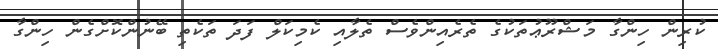
ކުރިން ހިންގާ މަޝްރޫޢުތަކުގެ ތެރެއިންވެސް ތެލާއި ކެމިކަލް ފަދަ ތަކެތި ބޭނުންކޮށްގެން ހިންގާ